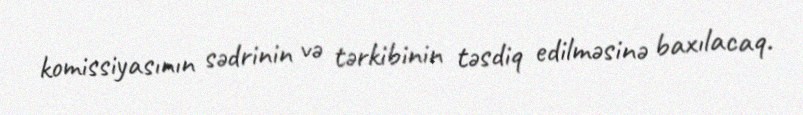
komissiyasının sədrinin və tərkibinin təsdiq edilməsinə baxılacaq.